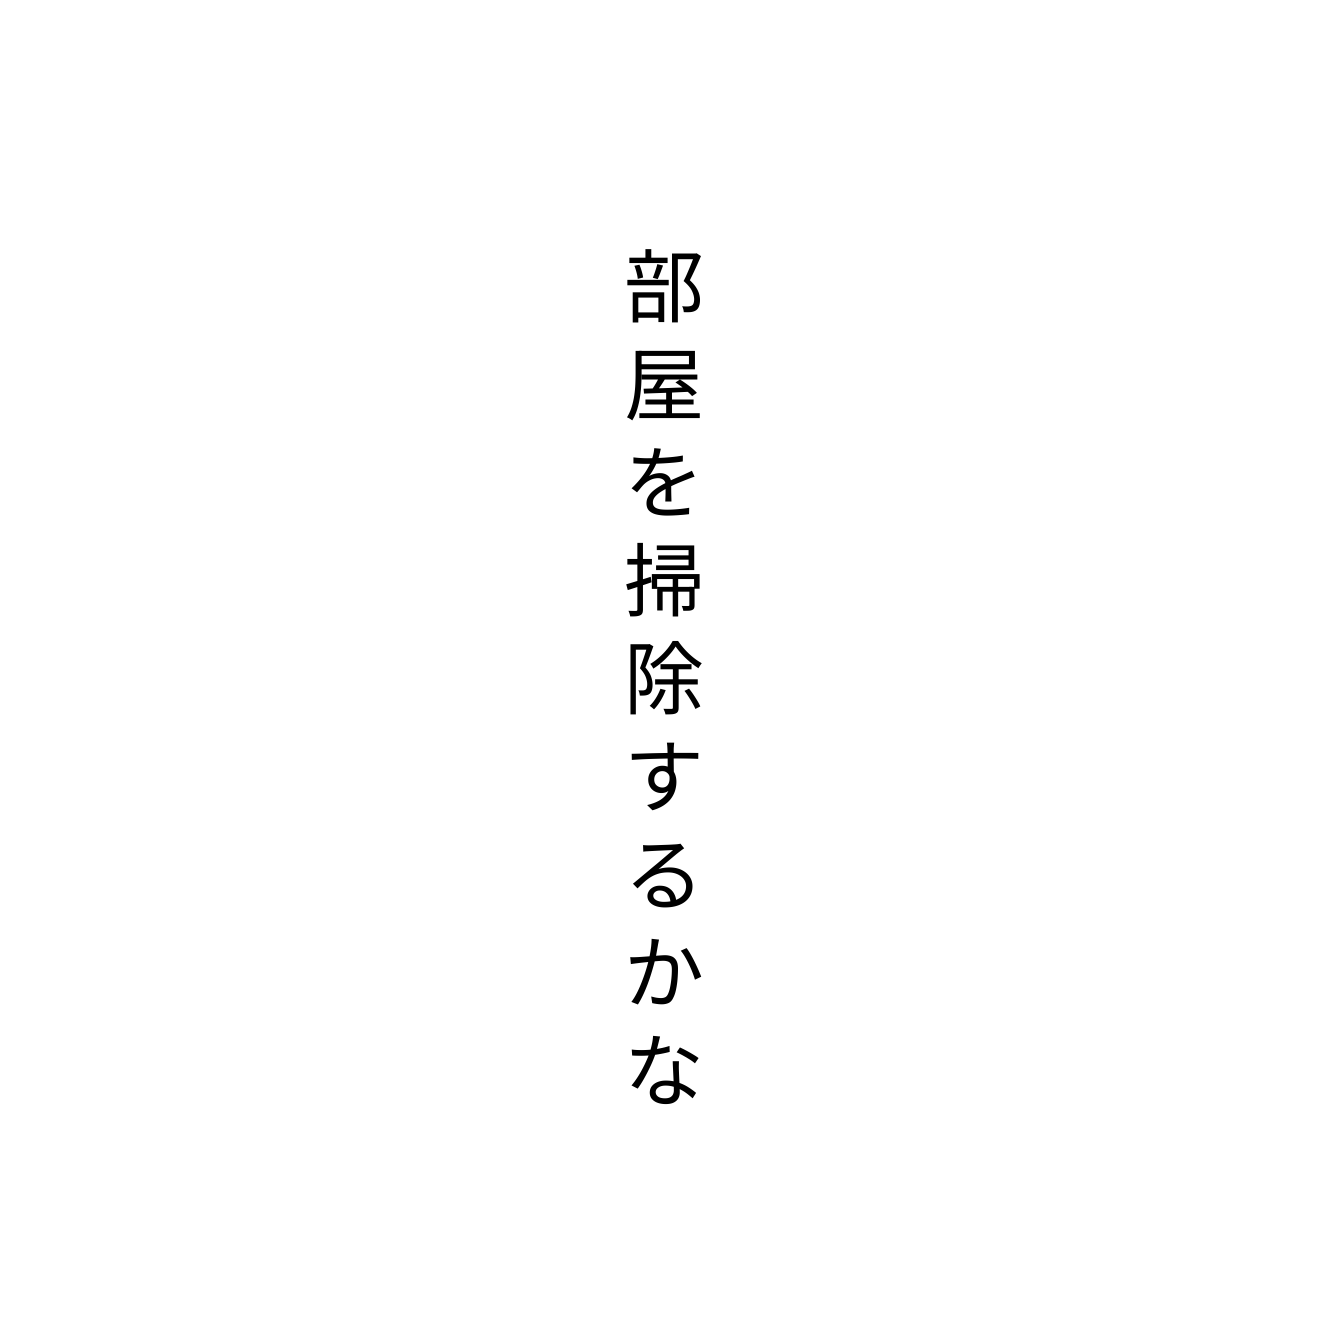
部屋を掃除するかな